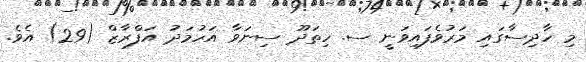
މި ހާދިސާގައި މަރުވެފައިވަނީ ސ. ހިތަދޫ ސިނަވާ އަހުމަދު އަފްރާޒް (29) އެވެ.